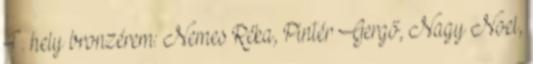
4. hely bronzérem: Nemes Réka, Pintér Gergő, Nagy Noel,